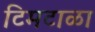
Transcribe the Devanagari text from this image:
टिमटाळा